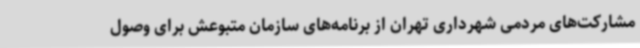
مشارکت‌های مردمی شهرداری تهران از برنامه‌های سازمان متبوعش برای وصول